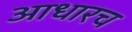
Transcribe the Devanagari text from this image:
आधारच